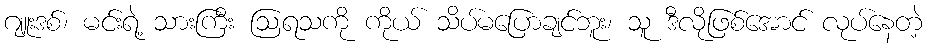
ဂျူးဒစ်၊ မင်းရဲ့ သားကြီး ဩရသကို ကိုယ် သိပ်မပြောချင်ဘူး၊ သူ ဒီလိုဖြစ်အောင် လုပ်နေတဲ့